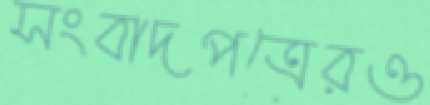
সংবাদপত্রেরও